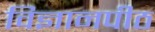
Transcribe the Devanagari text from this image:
विज्ञानपीठ